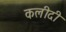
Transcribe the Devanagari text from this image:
कलीदी